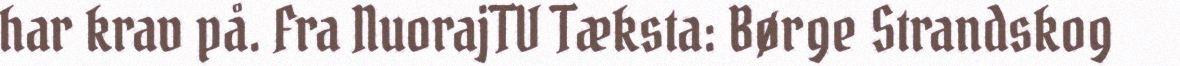
har krav på. Fra NuorajTV Tæksta: Børge Strandskog